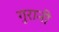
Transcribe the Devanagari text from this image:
गुरानी